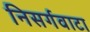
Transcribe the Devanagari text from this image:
निसर्गवाटा